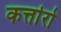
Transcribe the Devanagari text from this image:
कर्त्तारो